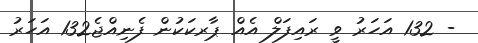
- 132 އަހަރު ވީ ރައިފަލް އެއް ޕާރކަކުން ފެނިއްޖެ132 އަހަރު